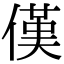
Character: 傼